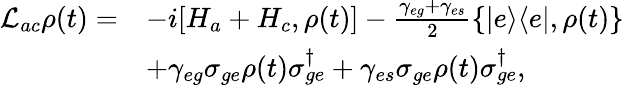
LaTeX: \begin{array}{rl}{\mathcal{L}_{ac}\rho(t)=}&{-i[H_{a}+H_{c},\rho(t)]-\frac{\gamma_{eg}+\gamma_{es}}{2}\{ |e\rangle\langle e|,\rho(t)\} }\\ &{+\gamma_{eg}\sigma_{ge}\rho(t)\sigma_{ge}^{\dagger}+\gamma_{es}\sigma_{ge}\rho(t)\sigma_{ge}^{\dagger},}\end{array}